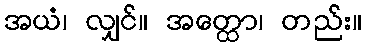
အယံ၊ လျှင်။ အတ္ထော၊ တည်း။